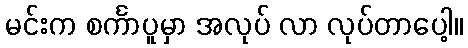
မင်းက စင်္ကာပူမှာ အလုပ် လာ လုပ်တာပေါ့။